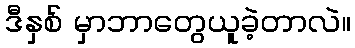
ဒီနှစ် မှာဘာတွေယူခဲ့တာလဲ။